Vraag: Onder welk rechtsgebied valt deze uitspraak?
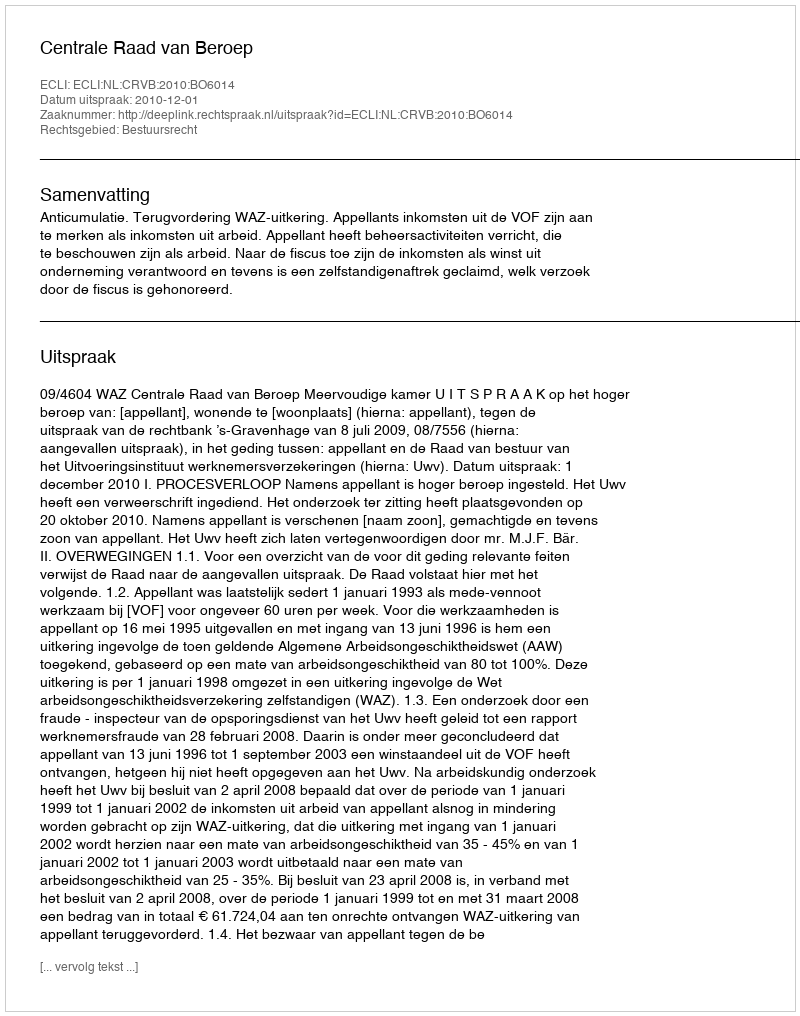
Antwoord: Bestuursrecht